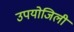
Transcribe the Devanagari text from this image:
उपयोजिली